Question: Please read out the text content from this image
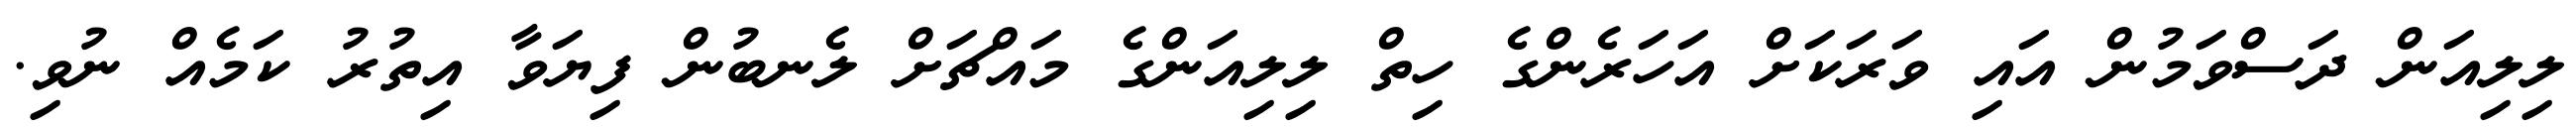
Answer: ލިލިއަން ދަސްވަމުން އައި ވަރަކަށް އަހަރެންގެ ހިތް ލިލިއަންގެ މައްޗަށް ލެނބުން ފިޔަވާ އިތުރު ކަމެއް ނުވި.